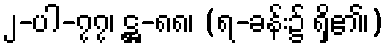
၂-ပါ-၇၇၊ ဋ္ဌ-၈၈၊ (ရ-ခန်း၌ ရှိ၏၊)